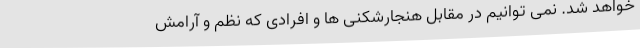
خواهد شد. نمی توانیم در مقابل هنجارشکنی ها و افرادی که نظم و آرامش